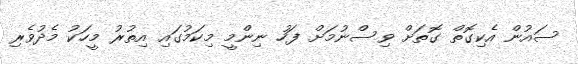
ސައުން އެކިގޮތް ގޮތަށް ވިސްނުމަށް ފަހު ނިންމީ މިކަމުގައި އިތުރު މީހަކު މެދުވެރި